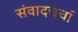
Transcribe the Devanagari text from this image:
संवादचर्चा